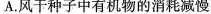
A.风干种子中有机物的消耗减慢